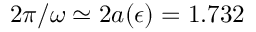
2 \pi / \omega \simeq 2 a ( \epsilon ) = 1 . 7 3 2